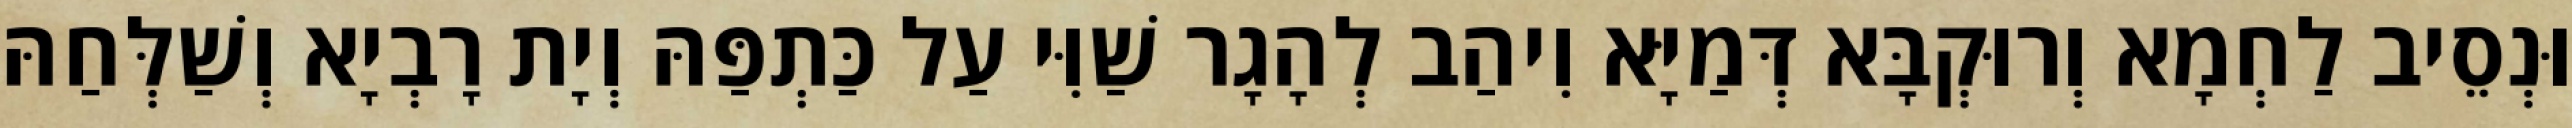
וּנְסֵיב לַחְמָא וְרוּקְבָּא דְּמַיָּא וִיהַב לְהָגָר שַׁוִּי עַל כַּתְפַּהּ וְיָת רָבְיָא וְשַׁלְּחַהּ